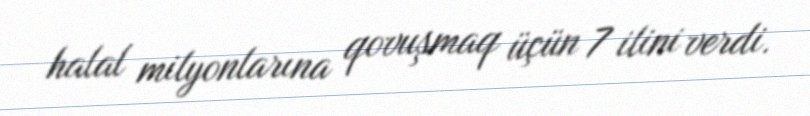
halal milyonlarına qovuşmaq üçün 7 ilini verdi.